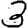
Digit: 3